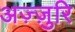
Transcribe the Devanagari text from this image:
अज़्ज़ुरि